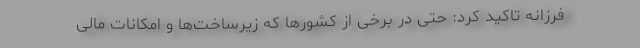
فرزانه تاکید کرد: حتی در برخی از کشورها که زیرساخت‌ها و امکانات مالی